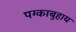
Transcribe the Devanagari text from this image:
पग्काबुहाय